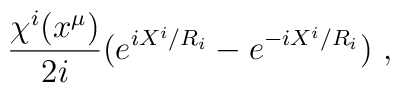
\frac{\chi^i(x^\mu)}{2i}(e^{iX^i/R_i} - e^{-iX^i/R_i})\ ,